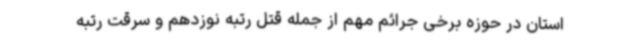
استان در حوزه برخی جرائم مهم از جمله قتل رتبه نوزدهم و سرقت رتبه